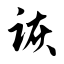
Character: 诙